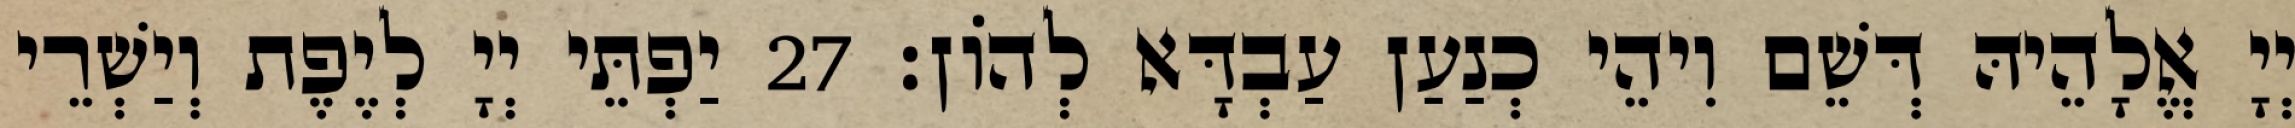
יְיָ אֱלָהֵיהּ דְּשֵׁם וִיהֵי כְנַעַן עַבְדָּא לְהוֹן׃ 27 יַפְתֵּי יְיָ לְיֶפֶת וְיַשְׁרֵי